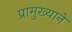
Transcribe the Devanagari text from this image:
प्रामुख्‍याने